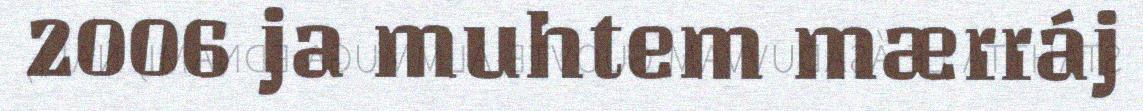
2006 ja muhtem mærráj